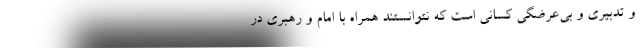
و تدبیری و بی‌عرضگی کسانی است که نتوانستند همراه با امام و رهبری در